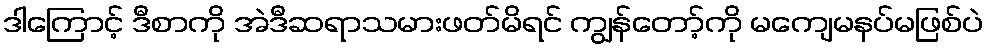
ဒါကြောင့် ဒီစာကို အဲဒီဆရာသမားဖတ်မိရင် ကျွန်တော့်ကို မကျေမနပ်မဖြစ်ပဲ